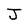
Character: J